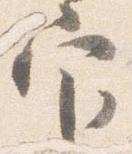
官